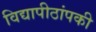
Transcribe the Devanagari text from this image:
विद्यापीठांपकी